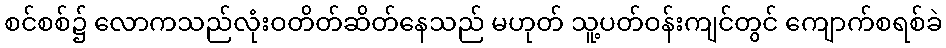
စင်စစ်၌ လောကသည်လုံးဝတိတ်ဆိတ်နေသည် မဟုတ် သူ့ပတ်ဝန်းကျင်တွင် ကျောက်စရစ်ခဲ